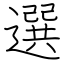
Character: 選